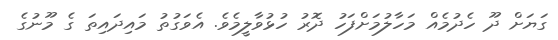
ގަޔަށް ދޫ ހެދުމެއް މަހާލުމަށްފަހު ދޮރު ހުޅުވާލީމެވެ. އެވަގުތު މައިދައިތަ ގެ މޫނުގެ